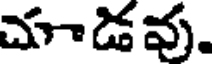
చాడవు.